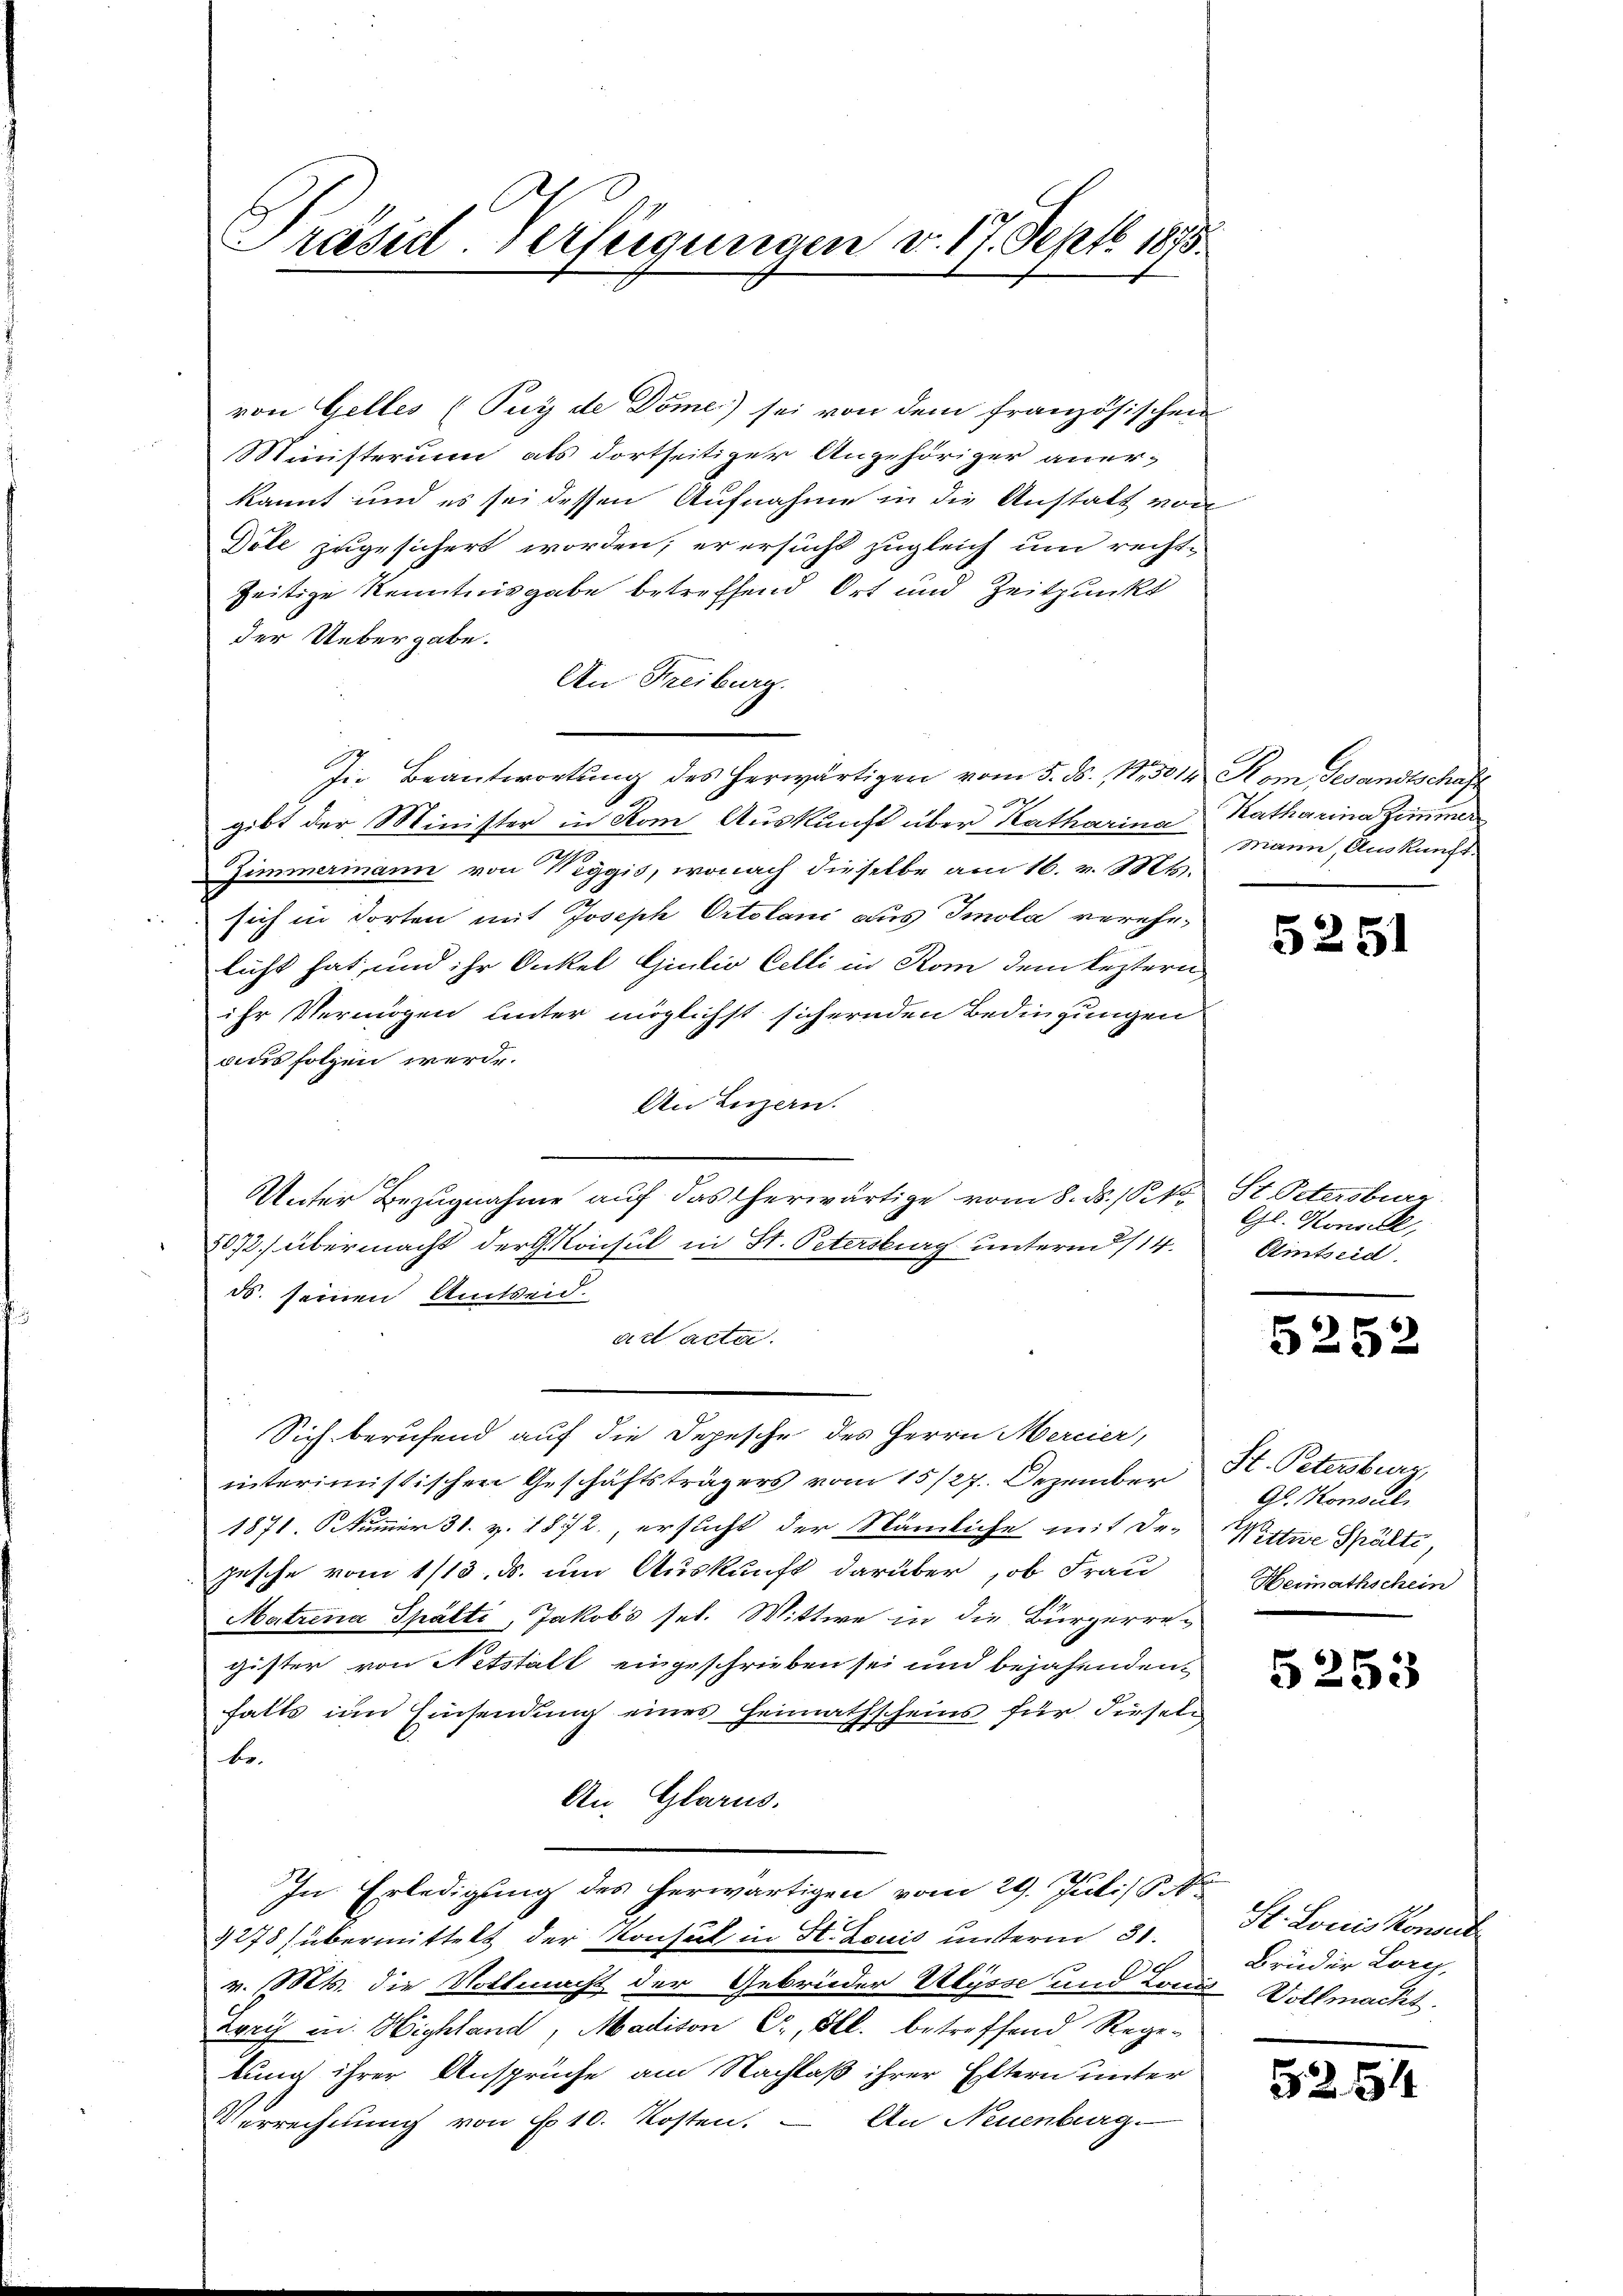
Präsid. Verfügungen d. 17. Sept. 1875.

von Gelles (Puy de Dome) sei von dem französischen
Ministerum als dortseitiger Angehöriger anerkannt und es sei dessen Aufnahme in die Anstalt von
Dole zugesichert worden; er ersucht zugleich um recht-
seitige Kenntnisgabe betreffend Ort und Zeitpunkt
der Uebergabe.
An Freiburg.
In Beantwortung des herwärtigen vom 5. ds. 13014 Kom Gesandtschaft
gibt der Minister in Rom Auskunft über Katharina Katharina Zimmer
Zimmermann von Weggis, wonach dieselbe am 16. v. Mts.
sich in dorten mit Joseph Ortolani aus Smola verehelicht hat, und ihr Onkel Giulio Celli in Rom dem leztern
ihr Vermögen unter möglichst sichernden Bedingungen
aus folgen werde.
An Luzern.
Unter Bezugnahme aŭf das herwärtige vom 8. ds. 1 Pkt. St. Petersburg
2072) übermacht der Konsul in St. Petersburg unterm 8/14.
ds. seinen Amtseid.
act acta.
Sich berufend auf die Depesche des Herrn Mercier,
interimistischen Geschäftsträgers vom 15/27. Dezember
1871. 6. Nummer 31. v. 1872, ersucht der Nämliche mit De-
pesche vom 1/13. ds. um Auskunft darüber ob Frau
Matrina Spälti, Jakob’s sel. Wittwe in die Bürgerre-
gister von Netstalt eingeschrieben sei und bejahenden
falls um Einsendung eines Heimathscheins für diesel
be¬
An, Glarus.
In Erledigung des herwärtigen vom 29. Juli S.
1278) übermittelt der Konsul in H. Louis unterm 31.
v. Mts. die Vollmacht der Gebrüder Ulysse und Lonis Vollmacht.
Zory in Highland, Madison C., Al. betreffend Regelung ihrer Ansprüche am Nachlaß ihrer Eltern unter
Verrechnung von No 10. Kosten. — An Neuenburg

Mann, Auskunft.

5251

Gl. Konsil,
Eintseid.

5252

St. Petersburg,
Gl. Konsul,
Wittwe Spälte
Heimathschein

5253

H. Louis Konsul
Bruder Lory,

5254